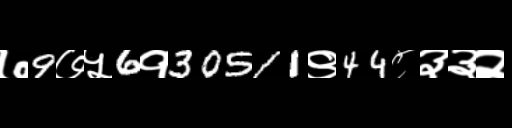
Text: ७9७५6१30511९44८३३२